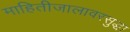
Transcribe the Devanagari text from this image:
माहितीजालावरसुद्धा